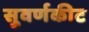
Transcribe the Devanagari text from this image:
सुवर्णकीट